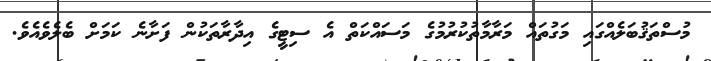
މުސްތަޤުބަލެއްގައި މަގުތައް މަރާމާތުކުރުމުގެ މަސައްކަތް އެ ސިޓީގެ އިދާރާތަކުން ފަށާނެ ކަމަށް ބެލެވެއެވެ.